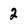
Character: 2